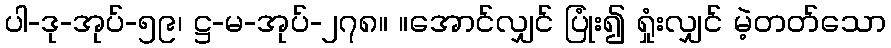
ပါ-ဒု-အုပ်-၅၉၊ ဋ္ဌ-မ-အုပ်-၂၇၈။ ။အောင်လျှင် ပြုံး၍ ရှုံးလျှင် မဲ့တတ်သော